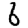
Digit: 6